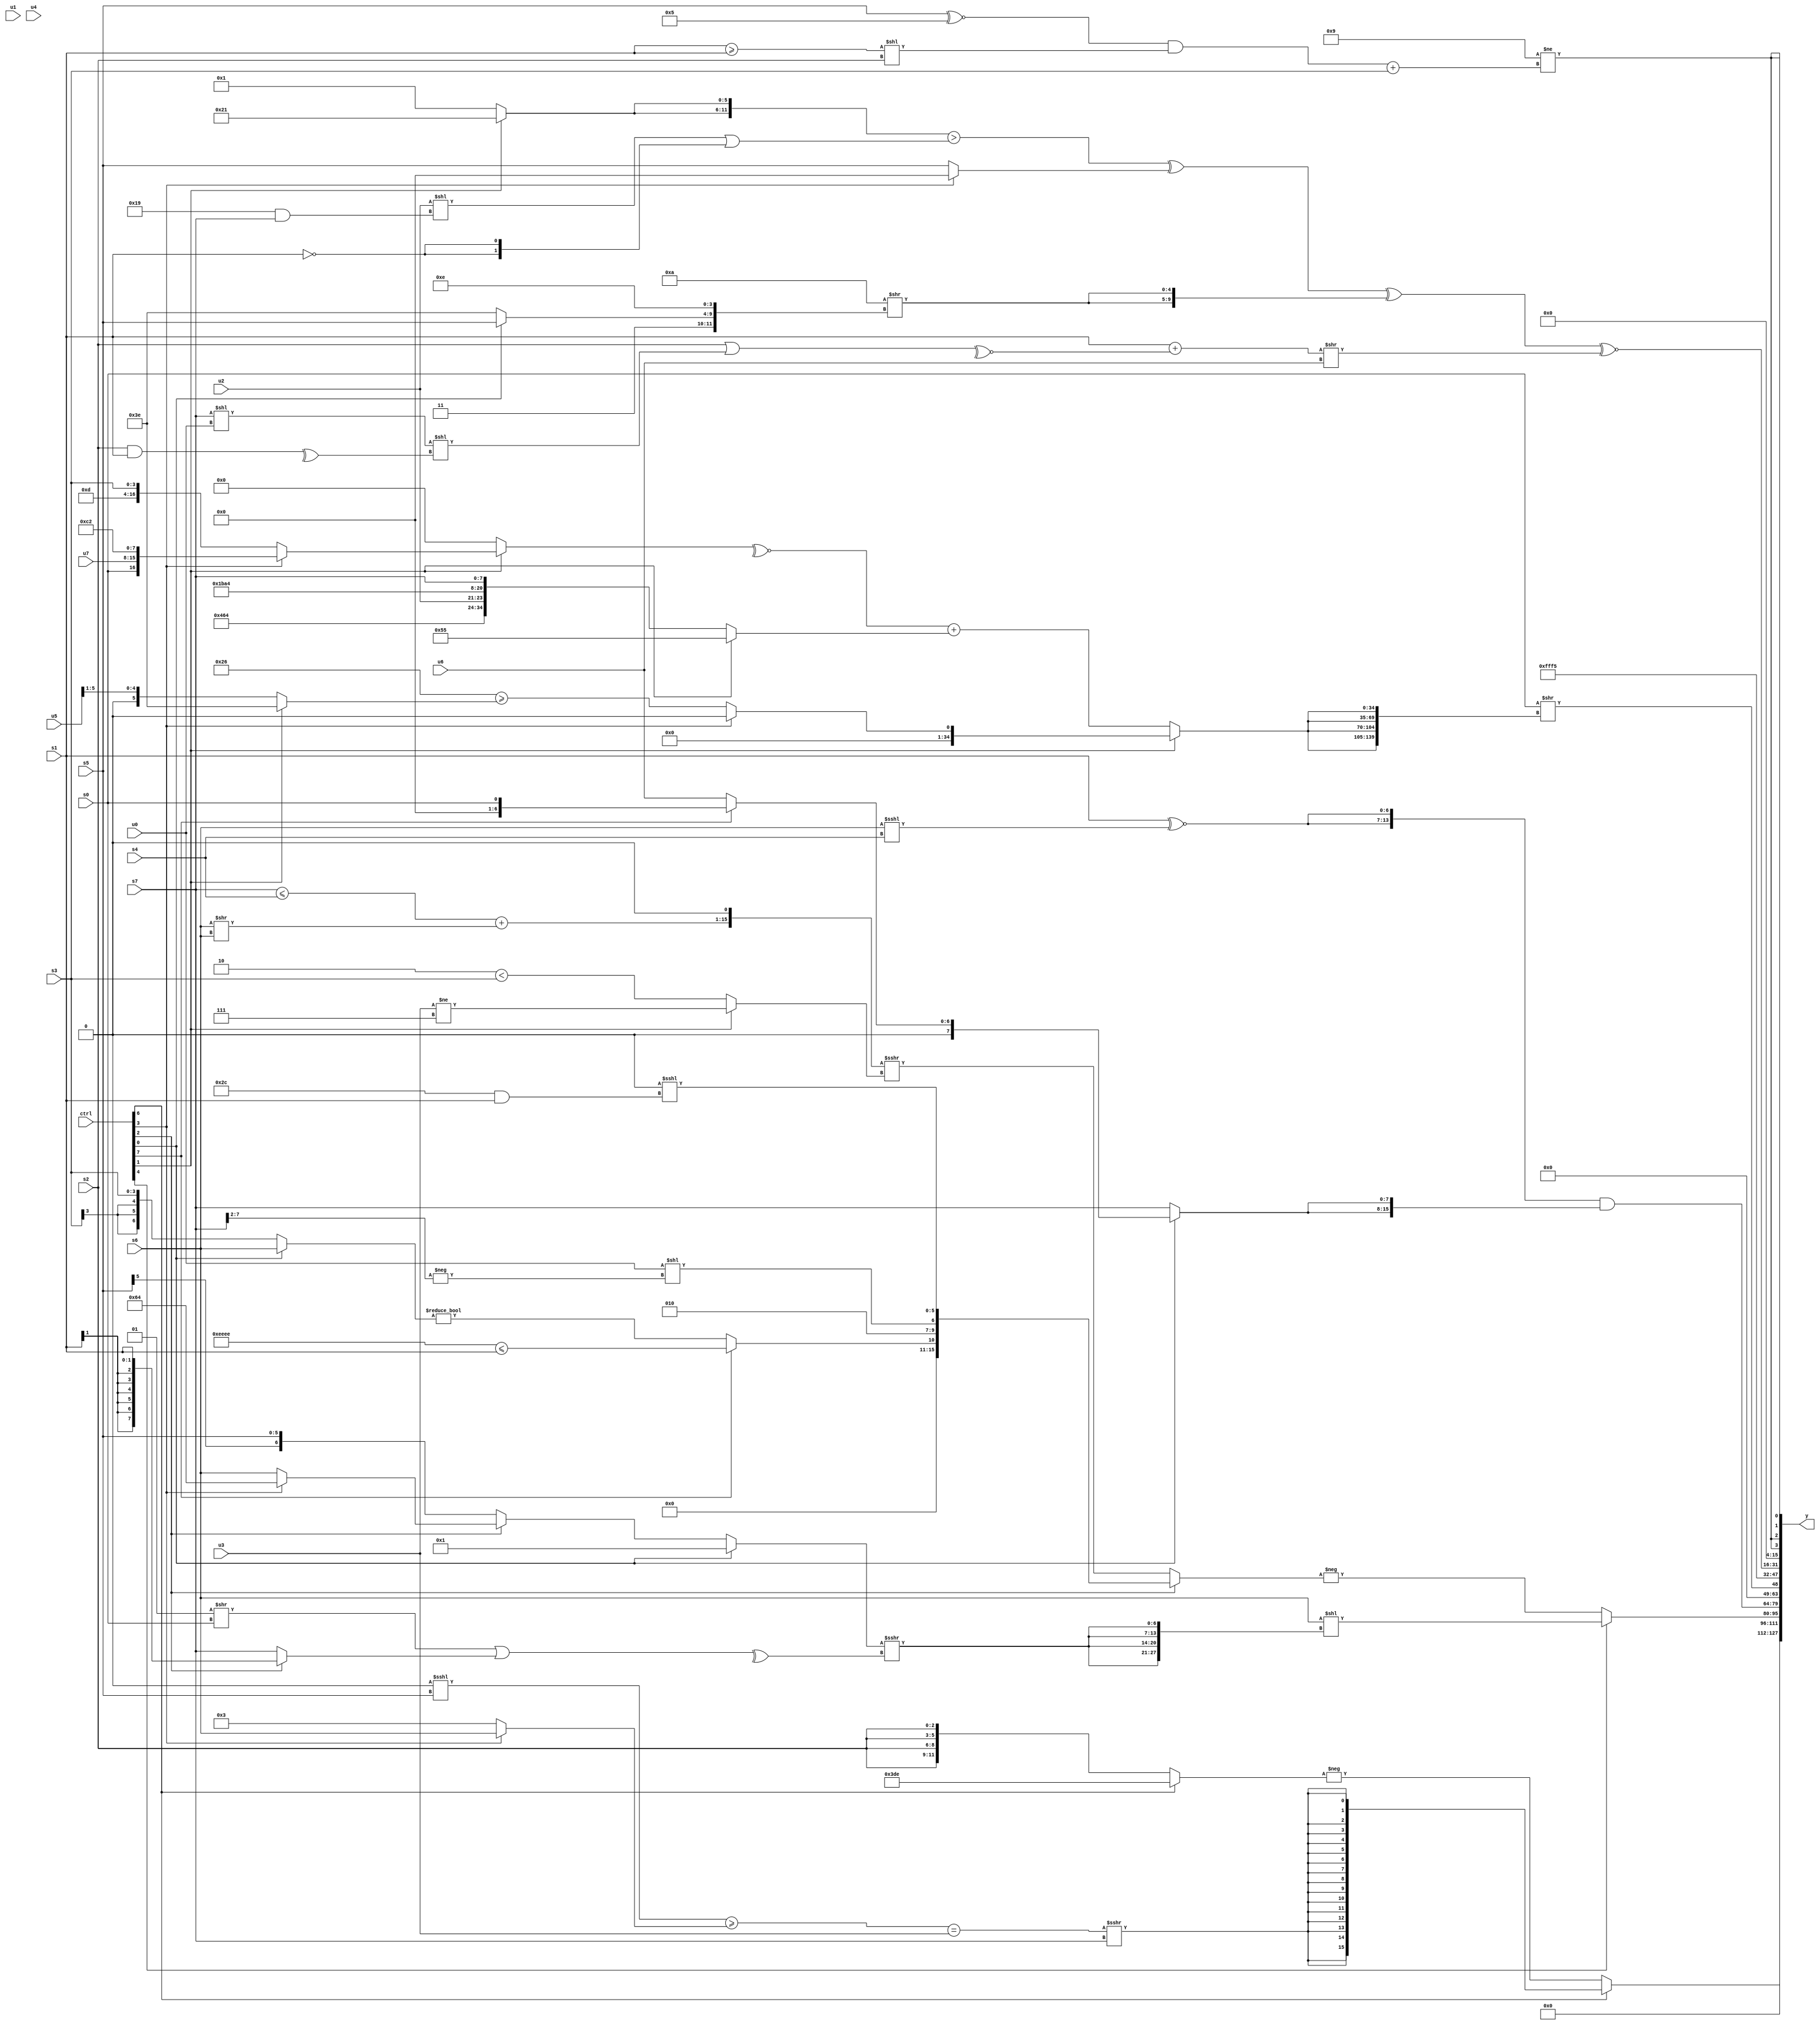
module wideexpr_00950(ctrl, u0, u1, u2, u3, u4, u5, u6, u7, s0, s1, s2, s3, s4, s5, s6, s7, y);
  input [7:0] ctrl;
  input [0:0] u0;
  input [1:0] u1;
  input [2:0] u2;
  input [3:0] u3;
  input [4:0] u4;
  input [5:0] u5;
  input [6:0] u6;
  input [7:0] u7;
  input signed [0:0] s0;
  input signed [1:0] s1;
  input signed [2:0] s2;
  input signed [3:0] s3;
  input signed [4:0] s4;
  input signed [5:0] s5;
  input signed [6:0] s6;
  input signed [7:0] s7;
  output [127:0] y;
  wire [15:0] y0;
  wire [15:0] y1;
  wire [15:0] y2;
  wire [15:0] y3;
  wire [15:0] y4;
  wire [15:0] y5;
  wire [15:0] y6;
  wire [15:0] y7;
  assign y = {y0,y1,y2,y3,y4,y5,y6,y7};
  assign y0 = 2'sb00;
  assign y1 = (ctrl[6]?$signed(((((1'sb0)<<<(s5))>=((ctrl[3]?s6:6'sb000011)))==(u3))>>>(s7)):-($signed((ctrl[6]?{2{5'sb11110}}:{4{$signed(s2)}}))));
  assign y2 = (ctrl[4]?($signed(s6))<<({4{((ctrl[0]?4'sb0001:(ctrl[2]?(ctrl[3]?6'sb100100:s6):s5)))>>>(^(((2'sb01)>>(s0))|((ctrl[2]?s1:s7))))}}):-((ctrl[2]?{(ctrl[7]?({4{4'sb1110}})<=(s1):($signed(5'b00000))!=((ctrl[0]?s6:s3))),3'sb010,(($signed(u0))>>>((s2)>>(3'sb110)))<<(-((s7)>>>(3'sb010))),({1{6'sb000000}})<<<(((6'sb101100)>>(3'sb000))&({s1}))}:((((s7)<=(s4))+((s6)>>(s6)))<<(+($signed(1'b1))))>>>((ctrl[1]?$signed((u3)!=(4'b0111)):{1{(2'sb10)<(s3)}})))));
  assign y3 = {($unsigned(u3))>=(s7),($signed(+({u1})))>>>(+(-(s5))),({2{($signed(s1))^~((s6)<<<(s4))}})&({2{(ctrl[0]?(ctrl[7]?s0:u6):(s7)>>(1'sb0))}})};
  assign y4 = {(s0)>>({4{(ctrl[1]?(ctrl[3]?1'sb0:(6'sb100110)>=((ctrl[1]?$signed(2'sb10):$signed((u5)>>(2'sb01))))):(~^((ctrl[1]?(ctrl[3]?{s0,u7,2'sb11,6'sb000010}:{4'sb1101,s3}):&(+(2'sb01)))))+((ctrl[1]?{4{((2'b11)^(2'sb10))>>((s2)<<<(3'sb100))}}:{5'sb10001,-((1'sb1)^~(6'sb011100)),+(u2),{5'sb11011,-(5'sb01100),{3'sb100,s7}}})))}})};
  assign y5 = 6'sb110101;
  assign y6 = ((($signed(({2{+((ctrl[1]?{6'sb100001}:$signed(1'b1)))}})>(((u2)<<((6'sb011001)&($signed(s7))))|({2{!($signed(s1))}}))))^((ctrl[3]?(4'sb1101)>(3'sb110):s5)))^({2{(5'sb01010)>>({1{{2'b11,(ctrl[0]?s5:2'sb10),4'sb1110}}})}}))^~(((s1)+(~^((s2)|(((s7)<<(u0))<<(^($unsigned((s2)&(s1))))))))>>(u6));
  assign y7 = +({4{(-(5'sb00111))!=(+((((s5)^~(-(4'sb1011)))&(($signed((s1)>=(s1)))<<($unsigned($signed(s2)))))+(s3)))}});
endmodule